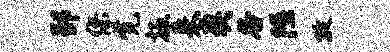
郢缪觉扳来奖谷隰孜